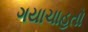
ગયાચાહતો